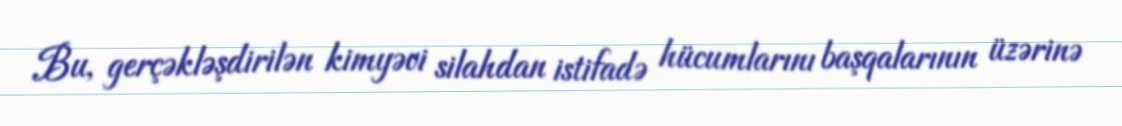
Bu, gerçəkləşdirilən kimyəvi silahdan istifadə hücumlarını başqalarının üzərinə